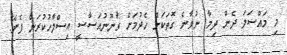
މި މައްސަލަ ދެން ދިމާ ނުވާނެ ގޮތަކަށް ހެދުމަަށް ގާނޫނުއަސާސީ އިސްލާހުކުރަން ފެނޭ.